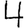
Digit: 4